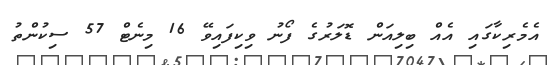
އެމެރިކާގައި އެއް ބިލިއަން ޑޮލަރުގެ ފޯނު ވިކިފައިވޭ 16 މިނެޓް 57 ސިކުންތު